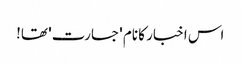
اس اخبار کا نام 'جسارت' تھا!